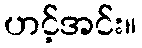
ဟင့်အင်း။